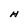
Character: H